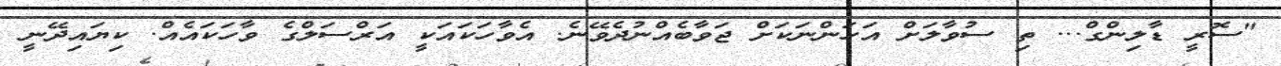
"ސޮރީ ޑާލިންގް... ތި ސުވާލަށް އަހަންނަކަށް ޖަވާބެއްނުދެވޭނެ. އެވާހަކައަކީ އަރްސަލްގެ ވާހަކައެއް. ކިޔައިދޭނީ